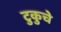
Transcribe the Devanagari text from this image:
टुकुचे